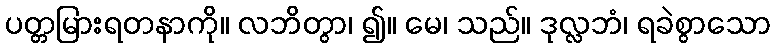
ပတ္တမြားရတနာကို။ လဘိတွာ၊ ၍။ မေ၊ သည်။ ဒုလ္လဘံ၊ ရခဲစွာသော